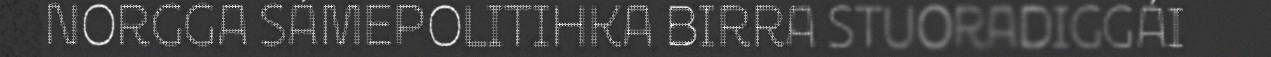
NORGGA SÁMEPOLITIHKA BIRRA STUORADIGGÁI